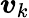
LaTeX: {\boldsymbol{v}}_{k}